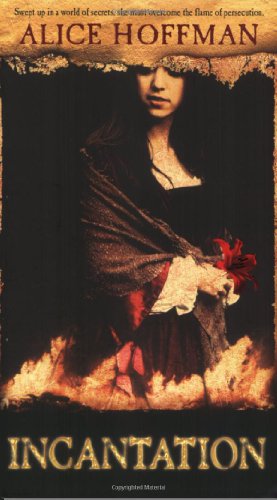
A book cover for Incantation; Alice Hoffman; Teen & Young Adult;